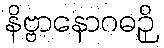
နိဗ္ဗာနောဂဓဉှိ